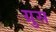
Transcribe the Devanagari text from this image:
ग्रुस